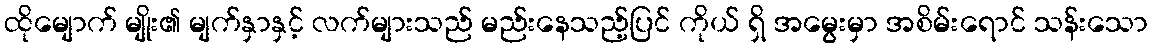
ထိုမျောက် မျိုး၏ မျက်နှာနှင့် လက်များသည် မည်းနေသည့်ပြင် ကိုယ် ရှိ အမွေးမှာ အစိမ်းရောင် သန်းသော